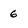
Character: 6